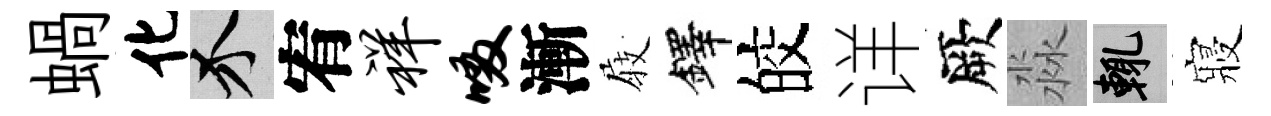
蝸化介宥祥啜漸𡲆鐸皎详厥淼輒寢